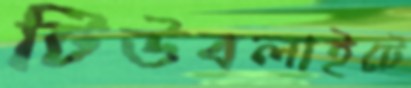
টিউবলাইটে